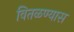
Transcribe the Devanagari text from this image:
वितळण्यास